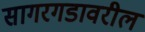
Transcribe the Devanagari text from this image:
सागरगडावरील